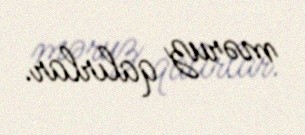
məruz qalırlar.